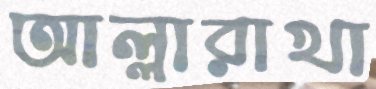
আল্লারাখা